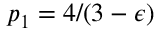
p _ { 1 } = 4 / ( 3 - \epsilon )